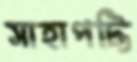
সাহাপট্টি